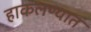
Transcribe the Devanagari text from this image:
हाकलण्यात